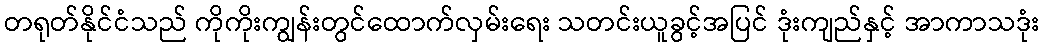
တရုတ်နိုင်ငံသည် ကိုကိုးကျွန်းတွင်ထောက်လှမ်းရေး သတင်းယူခွင့်အပြင် ဒုံးကျည်နှင့် အာကာသဒုံး